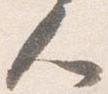
人